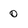
Character: 0